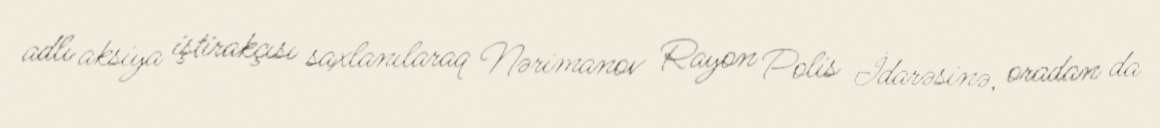
adlı aksiya iştirakçısı saxlanılaraq Nərimanov Rayon Polis İdarəsinə, oradan da